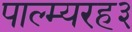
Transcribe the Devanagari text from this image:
पाल्म्यरह३